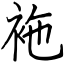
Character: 袘